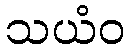
သယံဝ